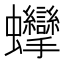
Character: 𧖘